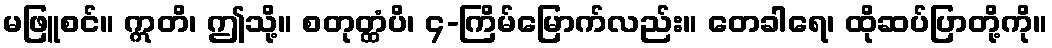
မဖြူစင်။ ဣတိ၊ ဤသို့။ စတုတ္ထံပိ၊ ၄-ကြိမ်မြောက်လည်း။ တေခါရေ၊ ထိုဆပ်ပြာတို့ကို။